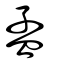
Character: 孟